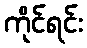
ကိုင်ရင်း